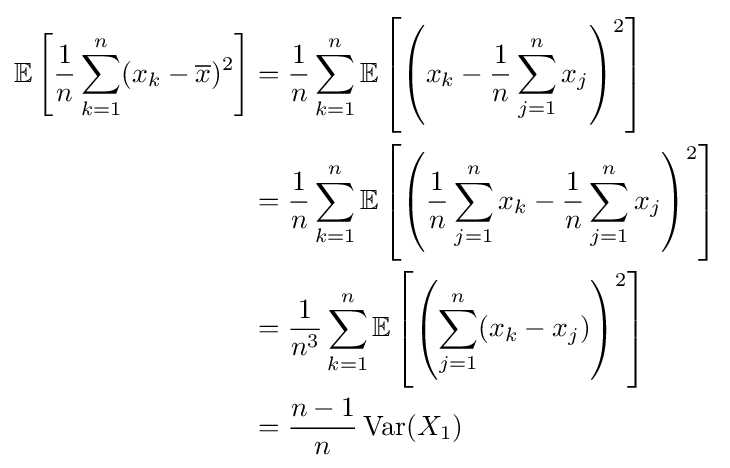
{\begin{aligned}\mathbb {E} \left[{\frac {1}{n}}\sum _{k=1}^{n}(x_{k}-{\overline {x}})^{2}\right]&={\frac {1}{n}}\sum _{k=1}^{n}\mathbb {E} \left[\left(x_{k}-{\frac {1}{n}}\sum _{j=1}^{n}x_{j}\right)^{2}\right]\\&={\frac {1}{n}}\sum _{k=1}^{n}\mathbb {E} \left[\left({\frac {1}{n}}\sum _{j=1}^{n}x_{k}-{\frac {1}{n}}\sum _{j=1}^{n}x_{j}\right)^{2}\right]\\&={\frac {1}{n^{3}}}\sum _{k=1}^{n}\mathbb {E} \left[\left(\sum _{j=1}^{n}(x_{k}-x_{j})\right)^{2}\right]\\&={\frac {n-1}{n}}\operatorname {Var} (X_{1})\end{aligned}}